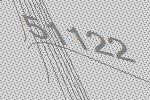
51122